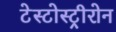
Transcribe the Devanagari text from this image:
टेस्टोस्ट्रीरोन